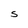
Character: S